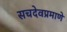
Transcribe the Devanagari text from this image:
सचदेवप्रमाणे